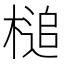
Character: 槌